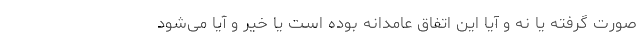
صورت گرفته یا نه و آیا این اتفاق عامدانه بوده است یا خیر و آیا می‌شود